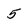
Character: 5